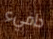
دافيء